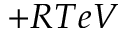
+ R T e V